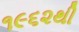
૧૯૬૨થી